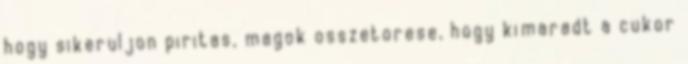
hogy sikeruljon piritas, magok osszetorese, hogy kimaradt a cukor